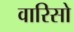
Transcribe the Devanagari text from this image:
वारिसो